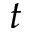
t